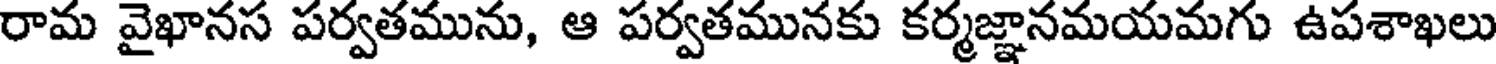
రామ వైఖానస పర్వతమును, ఆ పర్వతమునకు కర్మజ్ఞానమయమగు ఉపశాఖలు